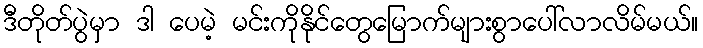
ဒီတိုတ်ပွဲမှာ ဒါ ပေမဲ့ မင်းကိုနိုင်တွေမြောက်များစွာပေါ်လာလိမ်မယ်။